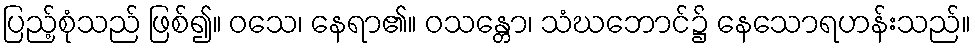
ပြည့်စုံသည် ဖြစ်၍။ ဝသေ၊ နေရာ၏။ ဝသန္တော၊ သံဃဘောင်၌ နေသောရဟန်းသည်။